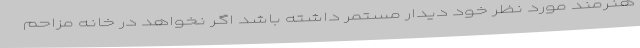
هنرمند مورد نظر خود دیدار مستمر داشته باشد اگر نخواهد در خانه مزاحم